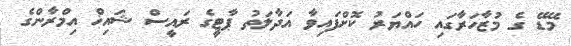
މޭޑޭ ގެ މުޒާހަރާގައި ހައްޔަރު ކޮށްފައިވާ އަދާލަތު ޕާޓީގެ ރައީސް ޝައިޚް އިމްރާންގެ